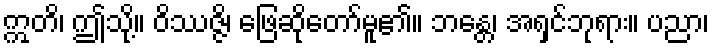
ဣတိ၊ ဤသို့။ ဝိဿဇ္ဇိ၊ ဖြေဆိုတော်မူ၏။ ဘန္တေ၊ အရှင်ဘုရား။ ပညာ၊